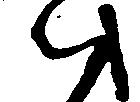
ハ